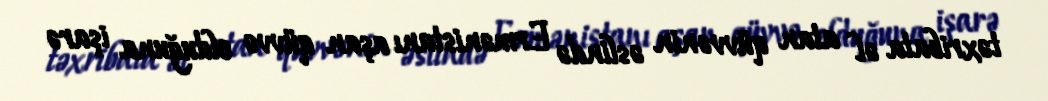
təxribata əl atan qüvvənin əslində Ermənistanı aşan qüvvə olduğuna işarə